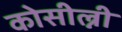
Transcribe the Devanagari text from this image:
कोसील्नी